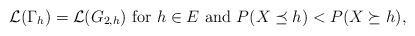
\begin{align*} \mathcal{L}(\Gamma_h) =\mathcal{L}(G_{2,h}){\rm~{for}~} h \in E {\rm~ {and}~} P(X\preceq h)< P(X \succeq h), \end{align*}